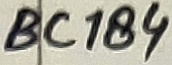
Text: BC184